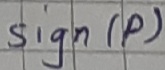
Text: sign(p)